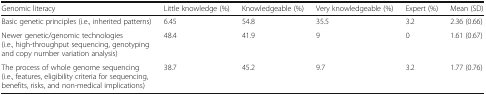
| Genomic literacy | Little knowledge (%) | Knowledgeable (%) | Very knowledgeable (%) | Expert (%) | Mean (SD) |
 | --- | --- | --- | --- | --- | --- |
 | Basic genetic principles (i.e., inherited patterns) | 6.45 | 54.8 | 35.5 | 3.2 | 2.36 (0.66) |
 | Newer genetic/genomic technologies (i.e., high-throughput sequencing, genotyping and copy number variation analysis) | 48.4 | 41.9 | 9 | 0 | 1.61 (0.67) |
 | The process of whole genome sequencing (i.e., features, eligibility criteria for sequencing, benefits, risks, and non-medical implications) | 38.7 | 45.2 | 9.7 | 3.2 | 1.77 (0.76) |